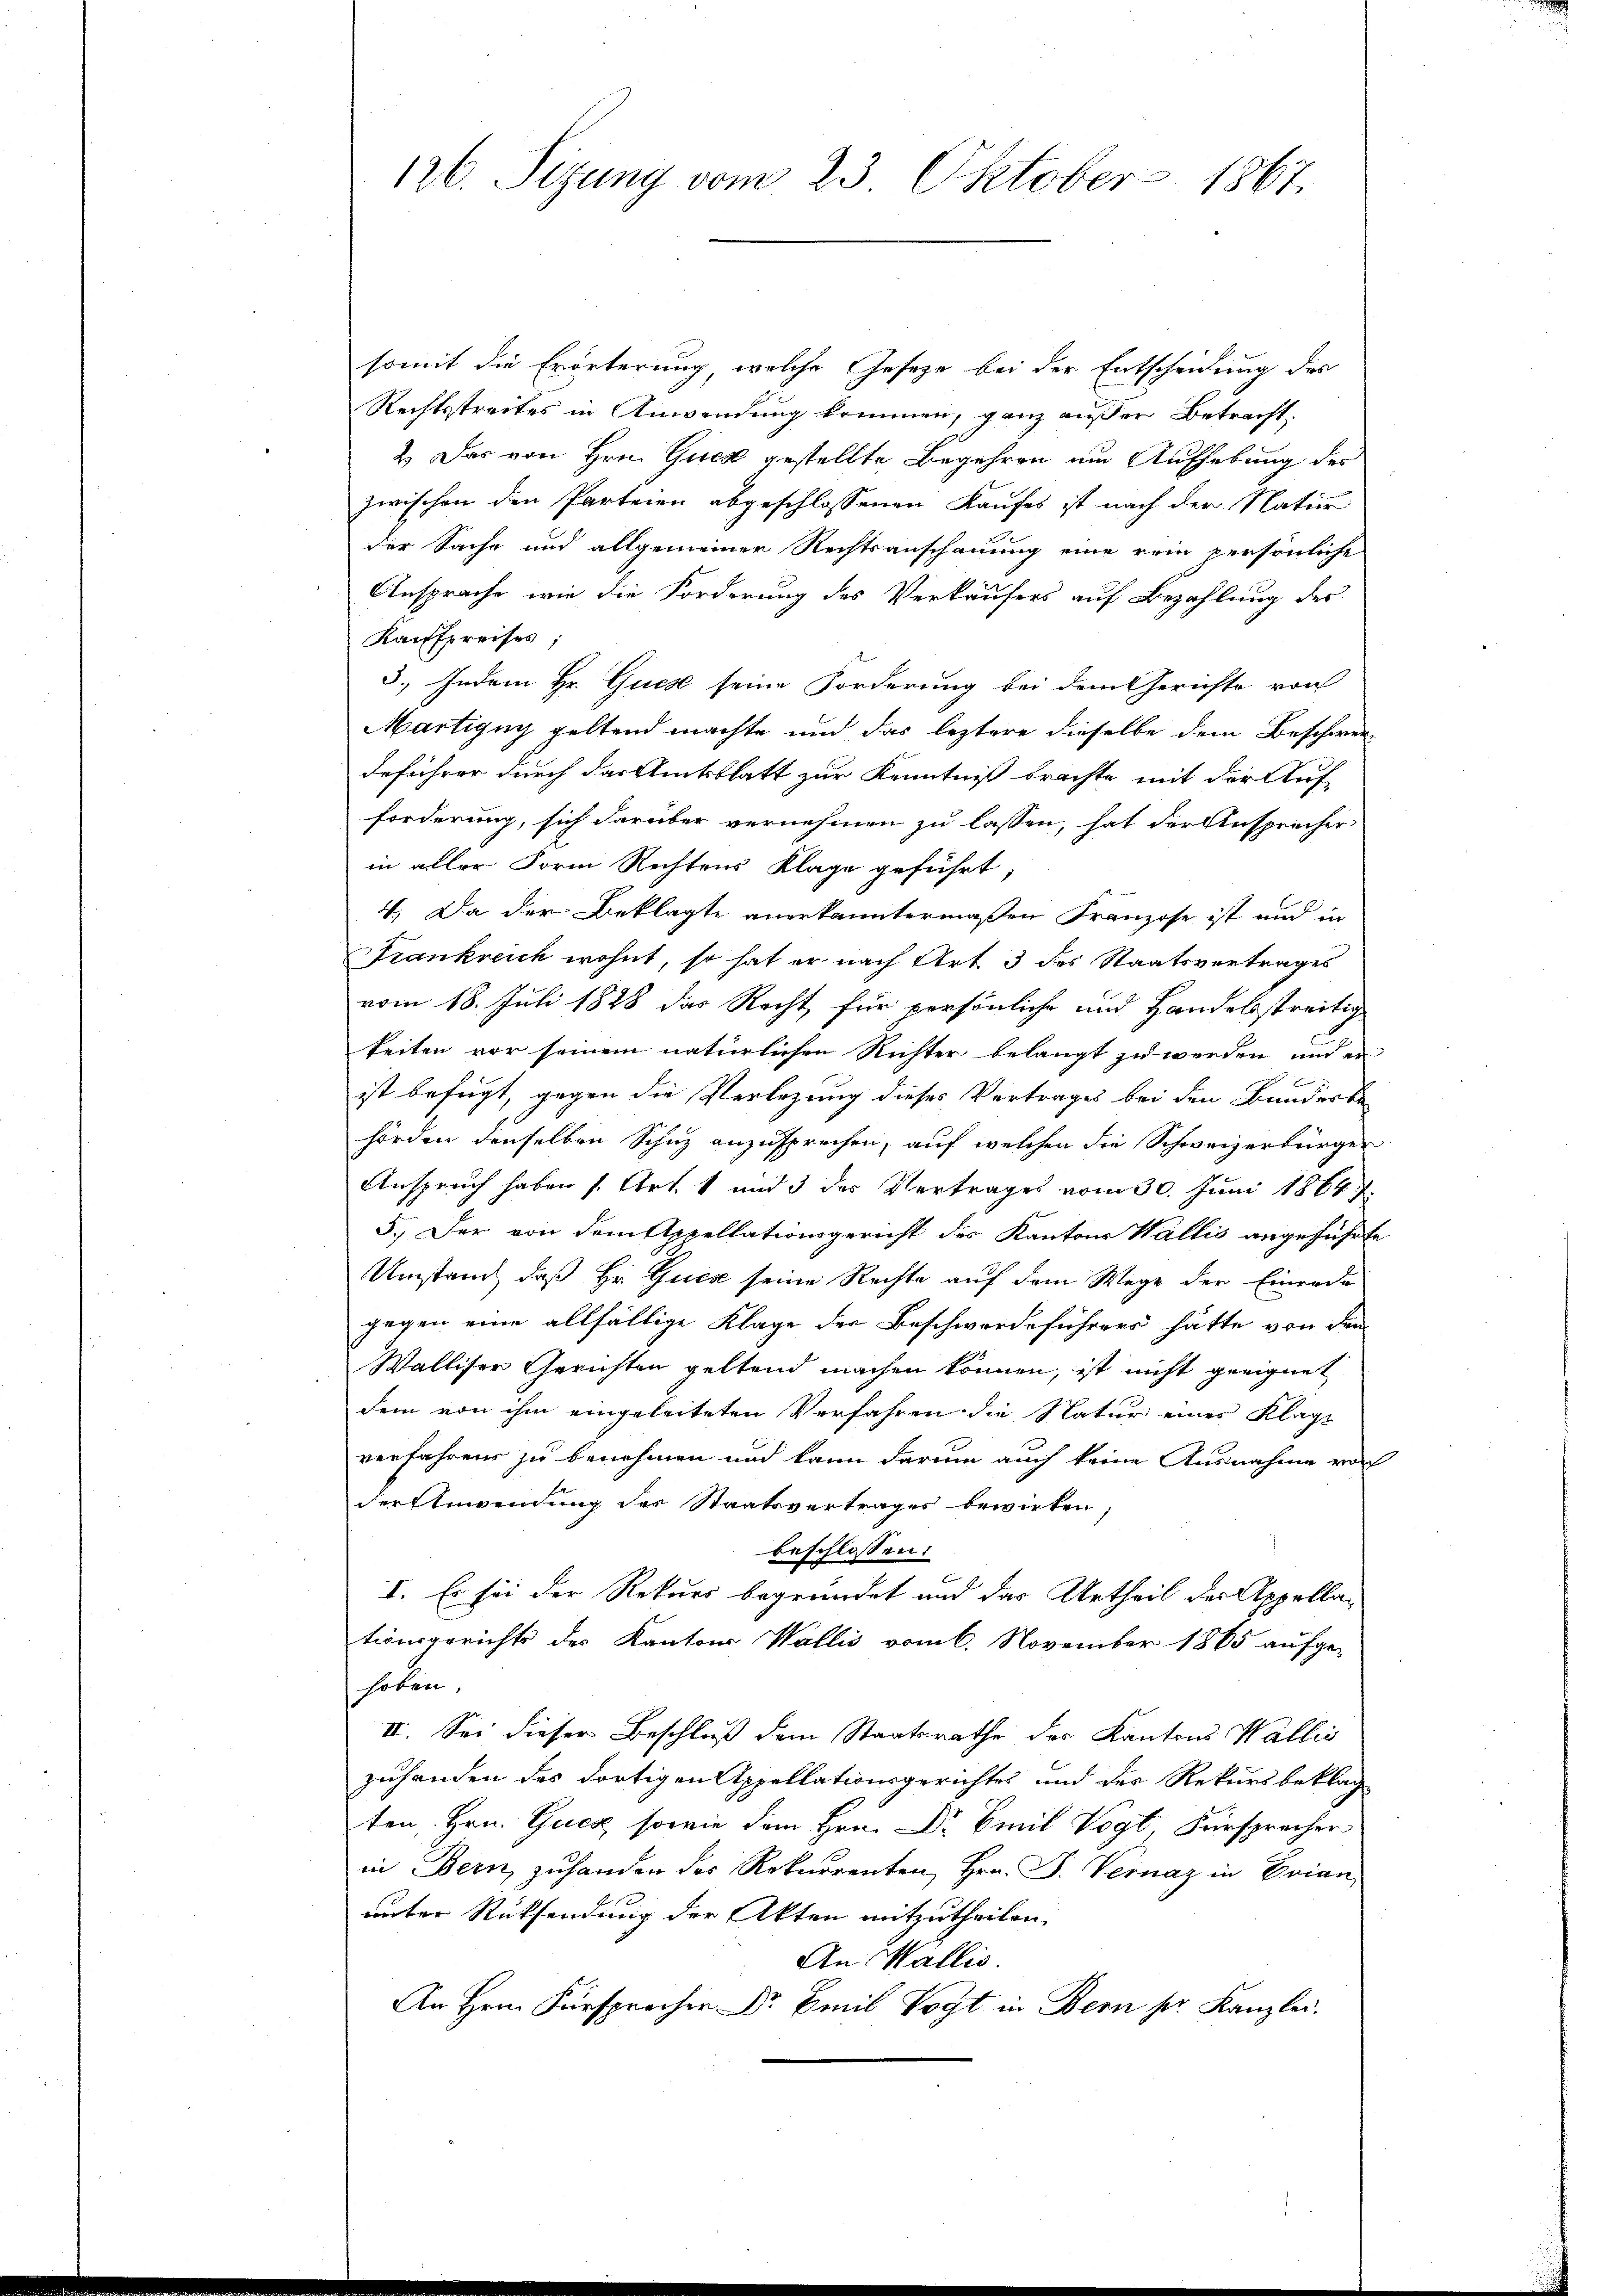
126. Sizung vom 23. Oktober 1867.

somit die Erörterung welche Geseze bei der Entscheidung dies
Rechtsstreites in Anwendung kommen, ganz außer Betracht
2. Das von Hrn. Gues gestellte Begehren um Aufhebung des
zwischen den Parteien abgeschlossenen Kaufes ist nach der Natur
der Sache und allgemeiner Rechtsanschauung eine rein persönliche
Ansprache, wie die Forderung des Verkäufers auf Bezahlung der
Kaufpreises;
3., Indem Hr. Gues seine Forderung bei dem Gerichte von
Martigug geltend machte und das leztere dieselbe dem Beschwer-
deführer durch das Amtsblatt zur Kenntniß brachte mit der Auf-
forderung, sich darüber vernehmen zu lassen, hat der Ansprecher
in aller Form Rechtens Klage geführt;
4. Da der Beklagte anerkanntermaßen Franzose ist und in
Frankreich wohnt, so hat er nach Art. 3 des Staatsvertrages
vom 18. Juli 1888 das Recht für persönliche und Handelsstreitig
keiten vor seinem natürlichen Richter belangt zu werden, und er
ist befügt, gegen die Verlegung dieses Vertrages bei den Bundesbe
hörden denselben Schutz anzusprechen, auf welchen die Schweizerbürger
Anspruch haben (Art. 1 und 5 des Vertrages vom 30. Juni 1864.
5.) Der von dem Appellationsgericht des Kantons Wallis angeführte
Umstand, daß Hr. Gucz seine Rechte auf dem Wege der Einrede
gegen eine allfällige Klage der Beschwerdeführers hätte von den
Walliser Gerichten geltend machen können, ist nicht geeignet
dem von ihm eingeleiteten Verfahren die Natur eines Klage
verfahren zu benehmen und kann darum auch keine Ausnahme vor
der Anwendung des Staatsvertrages bewirken;
beschlossen:
I. Es sei der Rekurs begründet und das Urtheil der Appellationsgerichts der Kantons Wallis vom 6. November 1865 aufge-
hoben,
II. Sei dieser Beschluß dem Staatsrathe der Kantons Wallis
zuhanden des dortigen Appellationsgerichtes und der Rekursbeklag
ten, Hrn. Gues, sowie dem Hrn. Dr Emil Vogt Fürsprecher
in Bern, zuhanden des Rekurrenten, Hrn. F. Vernaz in Erian
unter Rücksendung der Akten mitzutheilen.
An Wallis.
An Hrn. Fürsprocher Dr Emil Vogt in Bern pr. Kanzlei.